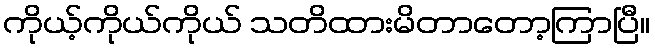
ကိုယ့်ကိုယ်ကိုယ် သတိထားမိတာတော့ကြာပြီ။